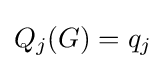
Q_{j}(G)=q_{j}